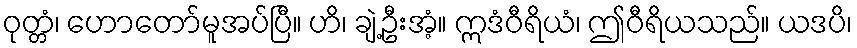
ဝုတ္တံ၊ ဟောတော်မူအပ်ပြီ။ ဟိ၊ ချဲ့ဦးအံ့။ ဣဒံဝီရိယံ၊ ဤဝီရိယသည်။ ယဒပိ၊